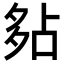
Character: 𡖞